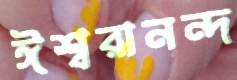
ঈশ্বরানন্দ